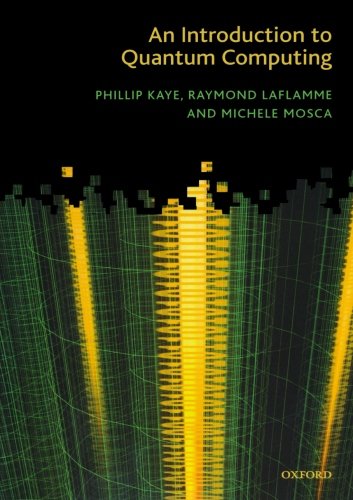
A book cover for An Introduction to Quantum Computing; Phillip Kaye; Science & Math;